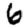
Digit: 6